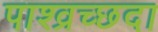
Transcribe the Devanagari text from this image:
पाश्व्रच्छदा